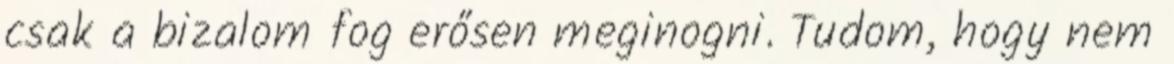
csak a bizalom fog erősen meginogni. Tudom, hogy nem